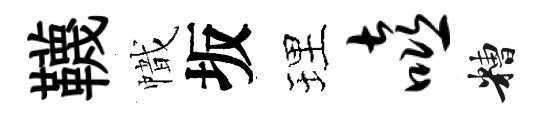
韈幟坂理嘻糟